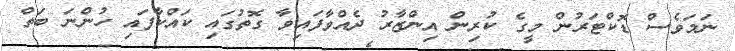
ނަމަވެސް ޑޮކްޓަރުން މީގެ ކުރިން އިންޒާރު ދެއްވާފައިވާ ގޮތުގައި ކައްކާފައި ހުންނަ ބަތް